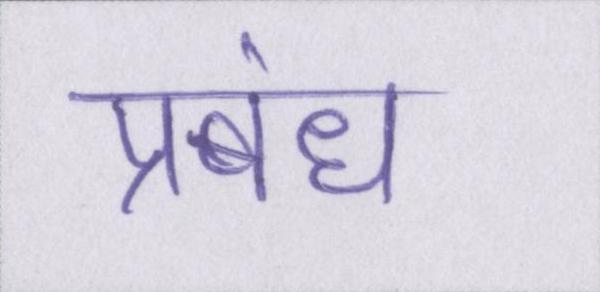
प्रबंध